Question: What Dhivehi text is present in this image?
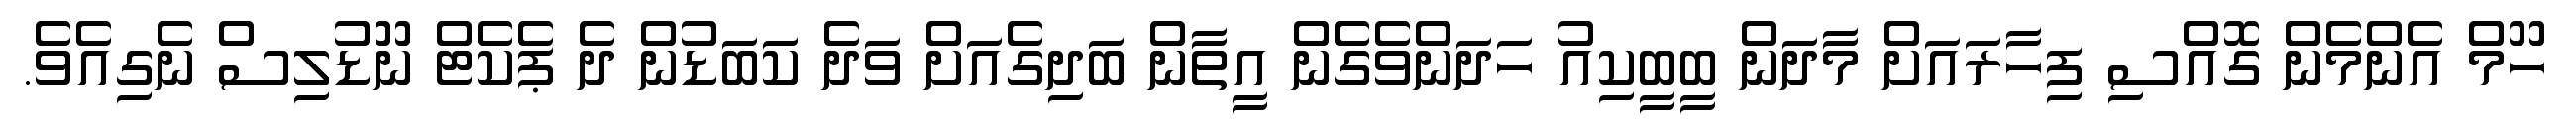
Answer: ހޫމް އެންމެން ގޮއްސި ފިހާރައަށް މާދަން ބީބީކިއު ހަދަންވެގެން އީތާން ބަދިގެއަށް ވަދެ ކަބަޑުން ދެ ޕެކެޓް ނޫޑުލިސް ނެގިއެވެ.